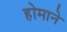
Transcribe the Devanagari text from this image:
होमाने